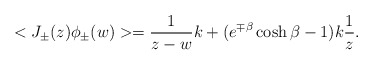
\begin{align*} <J_{\pm}(z)\phi _{\pm}(w)> = \frac{1}{z-w}k + (e^{\mp \beta }\cosh\beta - 1)k\frac{1}{z}.\end{align*}